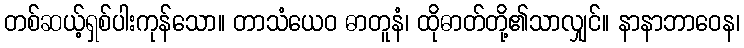
တစ်ဆယ့်ရှစ်ပါးကုန်သော။ တာသံယေဝ ဓာတူနံ၊ ထိုဓာတ်တို့၏သာလျှင်။ နာနာဘာဝေန၊